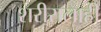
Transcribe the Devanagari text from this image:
शरीरालाही